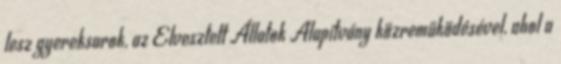
lesz gyereksarok, az Elvesztett Állatok Alapítvány közreműködésével, ahol a